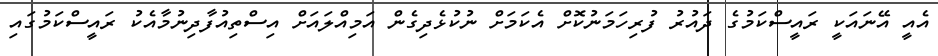
އެއީ އޭނައަކީ ރައީސްކަމުގެ ދައުރު ފުރިހަމަނުކޮށް އެކަމަށް ނުކުޅެދިގެން އަމިއްލައަށް އިސްތިއުފާދިނުމާއެކު ރައީސްކަމުގައި